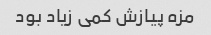
مزه پیازش کمی زیاد بود